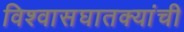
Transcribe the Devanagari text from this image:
विश्वासघातक्यांची